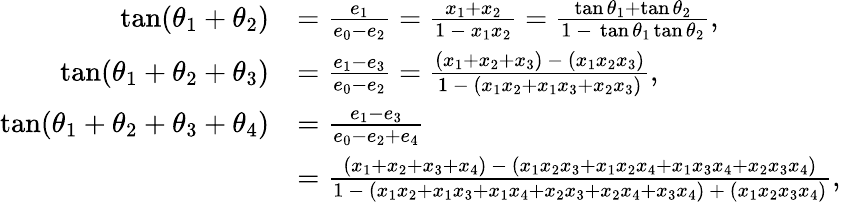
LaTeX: {\begin{array}{rl}{\tan(\theta_{1}+\theta_{2})}&{={\frac{e_{1}}{e_{0}-e_{2}}}={\frac{x_{1}+x_{2}}{1\ -\ x_{1}x_{2}}}={\frac{\tan\theta_{1}+\tan\theta_{2}}{1\ -\ \tan\theta_{1}\tan\theta_{2}}},}\\ {\tan(\theta_{1}+\theta_{2}+\theta_{3})}&{={\frac{e_{1}-e_{3}}{e_{0}-e_{2}}}={\frac{(x_{1}+x_{2}+x_{3})\ -\ (x_{1}x_{2}x_{3})}{1\ -\ (x_{1}x_{2}+x_{1}x_{3}+x_{2}x_{3})}},}\\ {\tan(\theta_{1}+\theta_{2}+\theta_{3}+\theta_{4})}&{={\frac{e_{1}-e_{3}}{e_{0}-e_{2}+e_{4}}}}\\ &{={\frac{(x_{1}+x_{2}+x_{3}+x_{4})\ -\ (x_{1}x_{2}x_{3}+x_{1}x_{2}x_{4}+x_{1}x_{3}x_{4}+x_{2}x_{3}x_{4})}{1\ -\ (x_{1}x_{2}+x_{1}x_{3}+x_{1}x_{4}+x_{2}x_{3}+x_{2}x_{4}+x_{3}x_{4})\ +\ (x_{1}x_{2}x_{3}x_{4})}},}\end{array}}